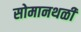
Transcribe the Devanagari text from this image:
सोमानथळी